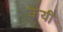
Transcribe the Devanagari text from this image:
केयी